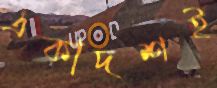
একাদশই